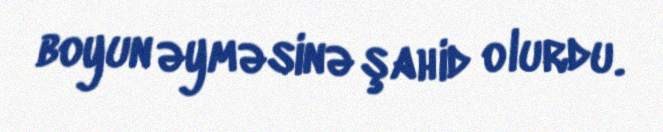
boyun əyməsinə şahid olurdu.